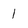
Character: 1